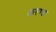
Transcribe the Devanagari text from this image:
करण्ड